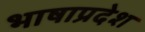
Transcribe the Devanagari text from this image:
भाषाप्रदेश